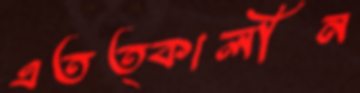
এতত্কালীন